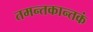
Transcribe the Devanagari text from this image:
तमन्तकान्तकं